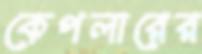
কেপলারের